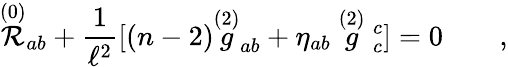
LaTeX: \stackrel{(0)}{\cal{R}}_{ab}+{\frac{1}{\ell^{2}}}[(n-2)\stackrel{(2)}g_{ab}+\eta_{ab}\stackrel{(2)}g\strut_{c}^{c}]=0\qquad,